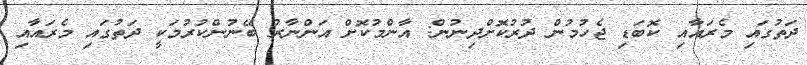
ދަތުގައި މެރައާއި ކޮބަޑި ޖެހުމުން ދުރުކޮށްދިނުން: އާންމުކޮށް އަންނާރު ބޭނުންކުރުމަކީ ދަތުގައި މެރައާއި